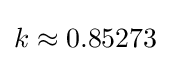
k\approx 0.85273